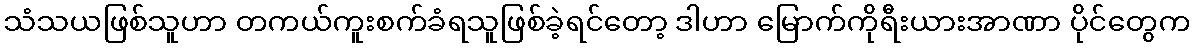
သံသယဖြစ်သူဟာ တကယ်ကူးစက်ခံရသူဖြစ်ခဲ့ရင်တော့ ဒါဟာ မြောက်ကိုရီးယားအာဏာ ပိုင်တွေက